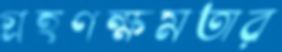
গ্রহণক্ষমতার